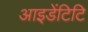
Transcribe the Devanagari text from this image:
आइडेंटिटि